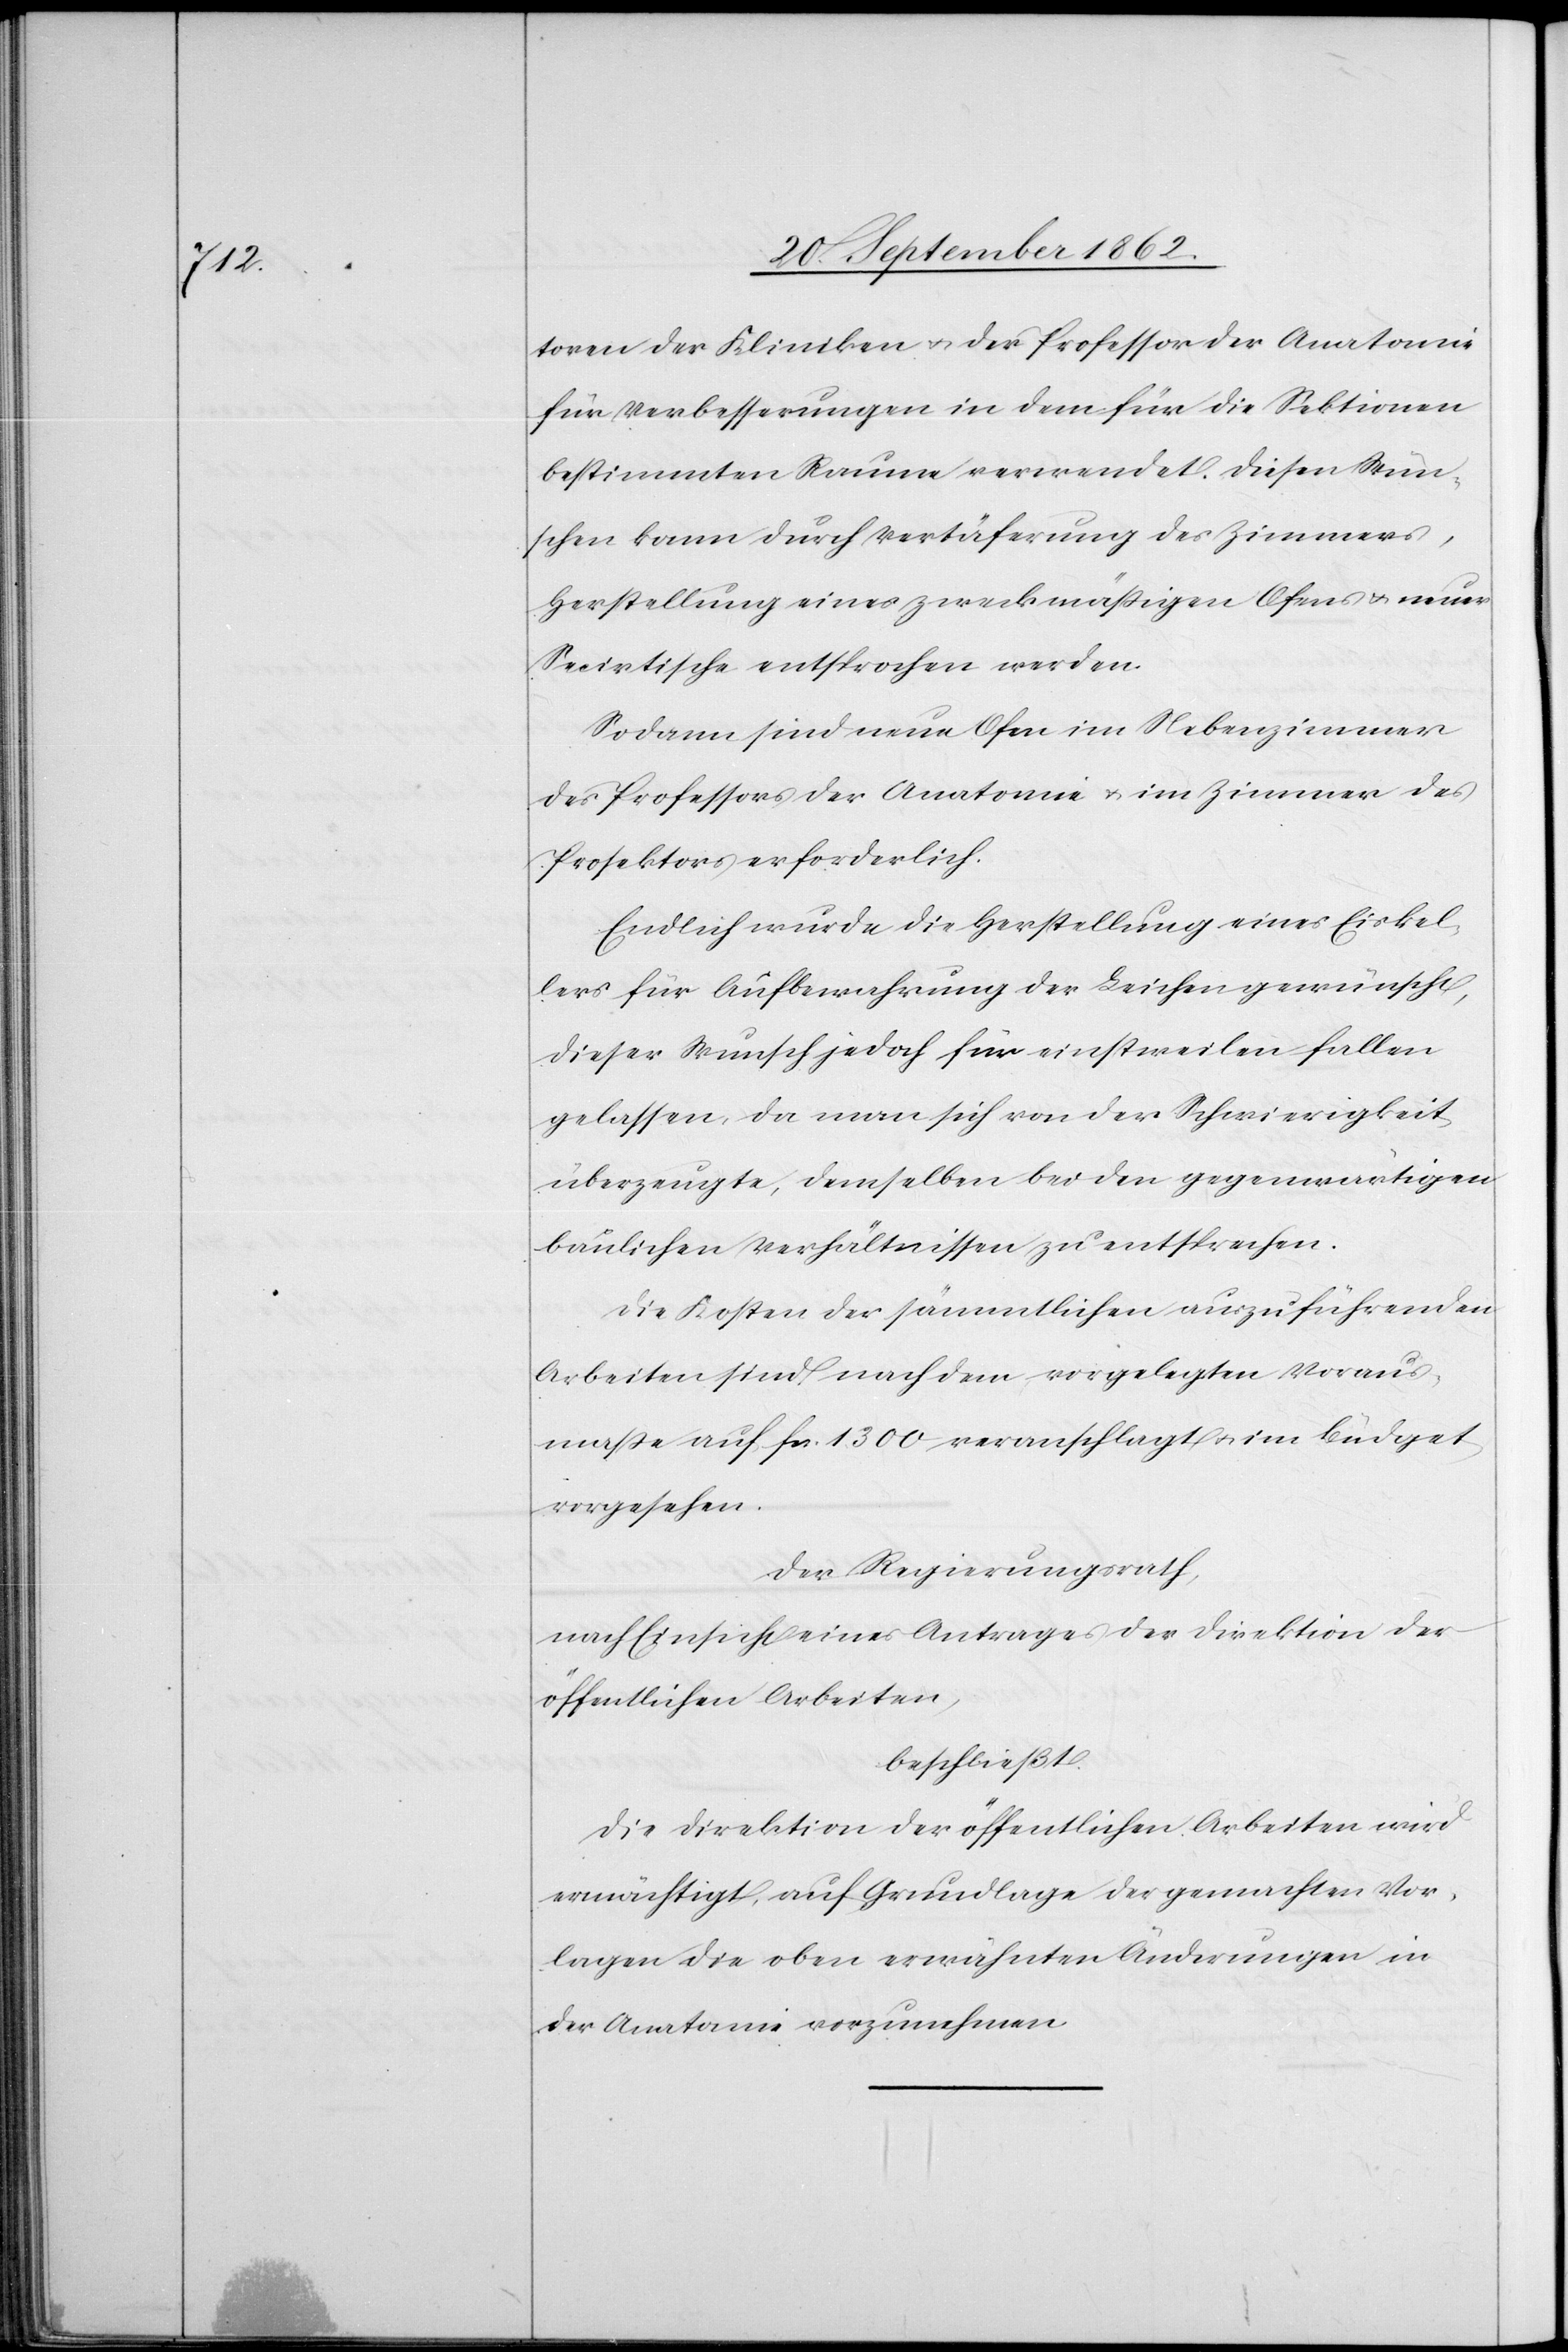
tionen der Kliniken u. der Professor der Anatomie
für Verbesserungen in dem für die Sektionen
bestimmten Raume verwendet. Diesen Wün¬
schen kann durch Vertäferung der Zimmers,
Herstellung eines zweckmäßigen Ofens u. neuer
Secirtische entsprochen werden.
Sodann sind neue Ofen im Nebenzimmer
des Professors der Anatomie u. im Zimmer des
Prosektors erforderlich.
Endlich wurde die Herstellung eines Eiskel¬
lers für Aufbewahrung der Leichen gewünscht,
dieser Wunsch jedoch für einstweilen fallen
gelassen, da man sich von der Schwierigkeit
überzeugte, demselben bei den gegenwärtigen
baulichen Verhältnissen zu entsprechen.
Die Kosten der sämmtlichen auszuführenden
Arbeiten sind nach dem vorgelegten Voraus¬
maße auf fcs. 1300 veranschlagt u. im Büdget
vorgesehen.
Der Regierungsrath,
nach Einsicht eines Antrages der Direktion der
öffentlichen Arbeiten,
beschließt:
Die Direktion der öffentlichen Arbeiten wird
ermächtigt, auf Grundlage der gemachten Vor¬
lagen die oben erwähnten Änderungen in
der Anatomie vorzunehmen.